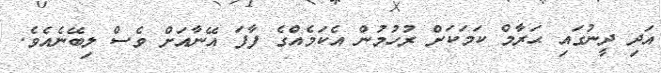
އަދި ދީނުގައި ޙަރާމް ކަމަކަށް ރުހުމުން އެކަމެއްގެ ފާފަ އޭނާއަށް ވެސް ލިބޭނެއެވެ.